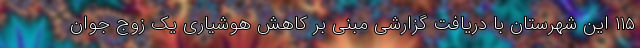
۱۱۵ این شهرستان با دریافت گزارشی مبنی بر کاهش هوشیاری یک زوج جوان